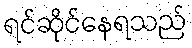
ရင်ဆိုင်နေရသည်